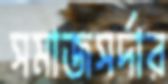
সমাজসর্দার